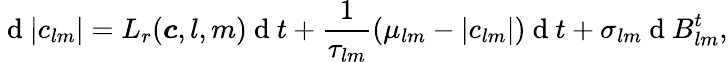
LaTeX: \mathrm{~d~}|c_{lm}|=L_{r}(\boldsymbol c,l,m)\mathrm{~d~}t+\frac{1}{\tau_{lm}}\left(\mu_{lm}-|c_{lm}|\right)\mathrm{~d~}t+\sigma_{lm}\mathrm{~d~}B_{lm}^{t},